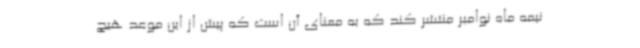
نیمه ماه نوامبر منتشر کند که به معنای آن است که پیش از این موعد هیچ